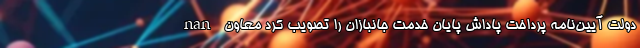
nan دولت آیین‌نامه پرداخت پاداش پایان خدمت جانبازان را تصویب کرد معاون